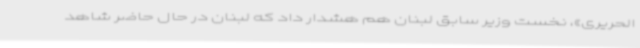
الحریری»، نخست وزیر سابق لبنان هم هشدار داد که لبنان در حال حاضر شاهد